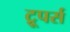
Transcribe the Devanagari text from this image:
ट्रूपर्स